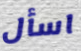
اسأل